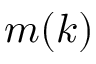
m ( k )